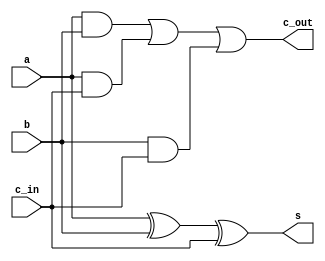
`timescale 1ns / 1ns // `timescale time_unit/time_precision

//SW[2:0] data inputs
//SW[9] select signals

//LEDR[0] output display



module FA(a, b, c_in, s,  c_out);
	input a,b,c_in;
	output s,c_out;
	assign s = a^b^c_in;
	assign c_out = (a&b)|(a&c_in)|(b&c_in);
endmodule

module part1(a, b, c_in, s,  c_out);
	input [7:4] a;
	input [3:0] b;
	input c_in;
	
	output [3:0] s;
	output [9:6] c_out;

	FA U0 (a[4],b[0],c_in,s[0],c_out[6]);
	FA U1 (a[5],b[1],c_out[6],s[1],c_out[7]);
	FA U2 (a[6],b[2],c_out[7],s[2],c_out[8]);
	FA U3 (a[7],b[3],c_out[8],s[3],c_out[9]);
endmodule